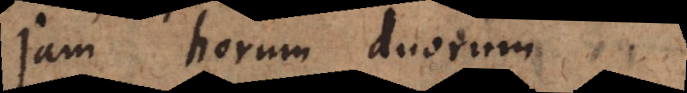
Jam horum duorum